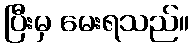
ပြီးမှ မေးရသည်။